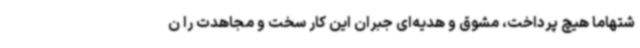
شتهاما هیچ پرداخت، مشوق و هدیه‌ای جبران این کار سخت و مجاهدت را ن